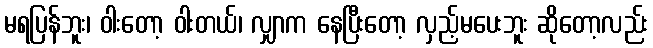
မရပြန်ဘူး၊ ဝါးတော့ ဝါးတယ်၊ လျှာက နေပြီးတော့ လှည့်မပေးဘူး ဆိုတော့လည်း